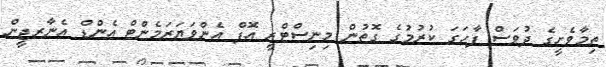
ތިމާވެށީގެ ދުވަސް ފާހަގަ ކުރުމުގެ ގޮތުން މިނިސްޓްރީ އޮފް އެންވަޔަރަމެންޓް އެންޑް އެނާރޖީން